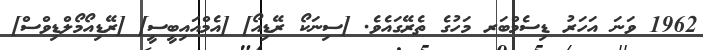
1962 ވަނަ އަހަރު ޑިސެމްބަރ މަހުގެ ތެރޭގައެވެ. [ސިނަކޯ ރޭޑިއޯ] [އެމްއައިބީސީ] [ރޭޑިއޯމޯލްޑިވްސް]